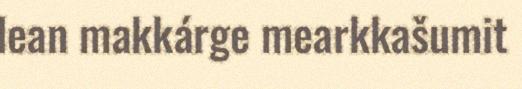
lean makkárge mearkkašumit